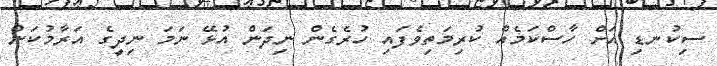
ސިކުނޑި އަށް ހާސްކަމެއް ކުރިމަތިވެފައި ހުރެގެން ނިދަން އުޅޭ ނަމަ ނިދީގެ އަރާމުކަން